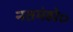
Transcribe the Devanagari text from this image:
नतमंहो०